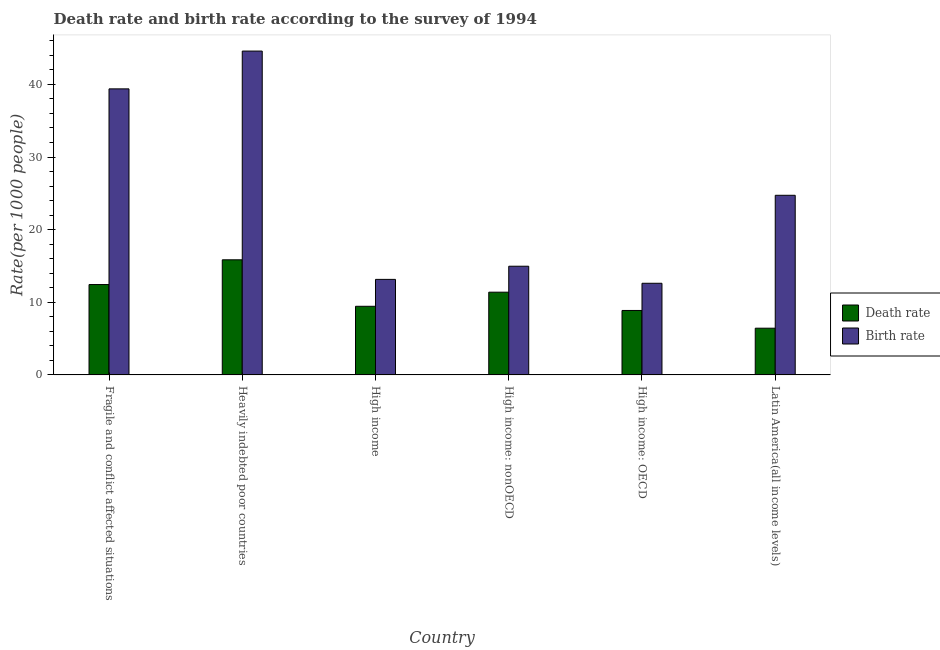
| Country | Death rate | Birth rate |
 | --- | --- | --- |
 | Fragile and conflict affected situations | 12.4 | 39.4 |
 | Heavily indebted poor countries | 15.8 | 44.6 |
 | High income | 9.45 | 13.2 |
 | High income: nonOECD | 11.4 | 15 |
 | High income: OECD | 8.87 | 12.6 |
 | Latin America(all income levels) | 6.43 | 24.7 |